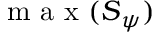
\mathrm { ~ m ~ a ~ x ~ } ( \boldsymbol { S } _ { \boldsymbol { \psi } } )